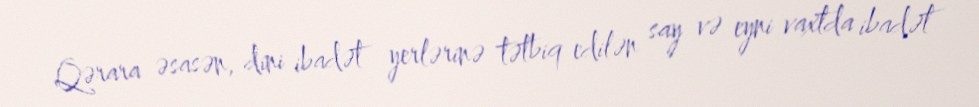
Qərara əsasən, dini ibadət yerlərinə tətbiq edilən say və eyni vaxtda ibadət